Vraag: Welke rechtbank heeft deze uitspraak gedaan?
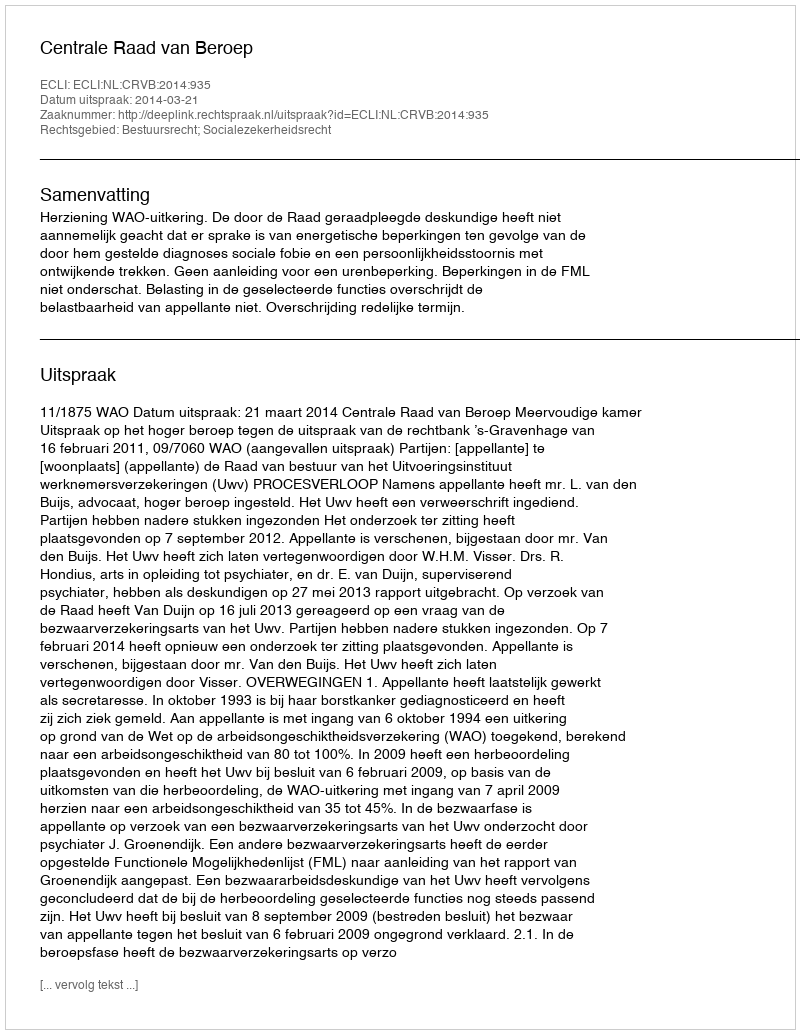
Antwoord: Centrale Raad van Beroep